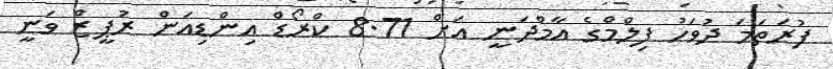
ފުރަތަމަ ދުވަހު ފިލްމްގެ އާމްދަނީ އަށް 8.71 ކްރޯޑް އިންޑިއަން ރުޕީޒް ވަނީ